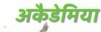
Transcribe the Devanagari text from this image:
अकैडेमिया